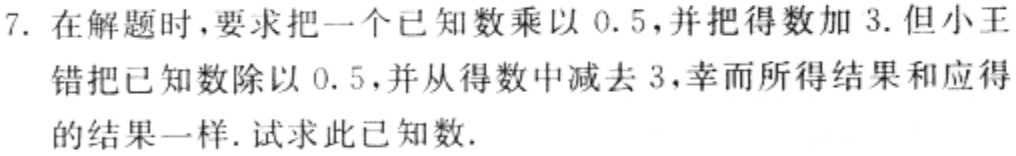
7. 在解题时，要求把一个已知数乘以 \(0.5\)，并把得数加 \(3\). 但小王错把已知数除以 \(0.5\)，并从得数中减去 \(3\)，幸而所得结果和应得的结果一样. 试求此已知数.